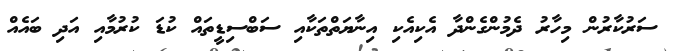
ސަރުކާރުން މިހާރު ދެމުންގެންދާ އެކިއެކި އިނާޔަތްތަކާއި ސަބްސިޑީތައް ކުޑަ ކުރުމާއި އަދި ބައެއް